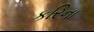
કરિના